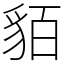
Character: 貊